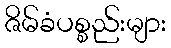
ဇိမ်ခံပစ္စည်းများ